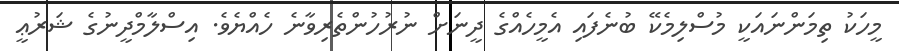
މީހަކު ތިމަންނައަކީ މުސްލިމެކޭ ބުނެފައި އެމީހެއްގެ ދީނަށް ނުރުހުންތެރިވާނެ ހެއްޔެވެ. އިސްލާމްދީނުގެ ޝަރުޢީ